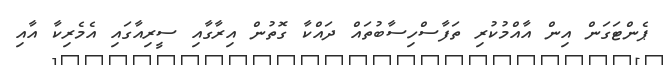
ޕެންޓަގަން އިން އާއްމުކުރި ތަފާސްހިސާބުތައް ދައްކާ ގޮތުން އިރާގާއި ސީރިއާގައި އެމެރިކާ އާއި